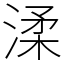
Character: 渘